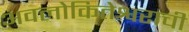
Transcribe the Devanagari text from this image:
अवलोकितेश्वराची